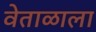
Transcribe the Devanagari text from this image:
वेताळाला